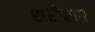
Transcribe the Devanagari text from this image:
शरीरात